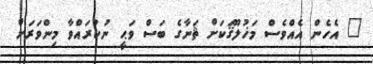
" އެހެން އެއްވެސް މަޚުލޫޤަކަށް ޘަނާގެ ބަސް ވަޙީ ނުކުރައްވާ މިންވަރަށް